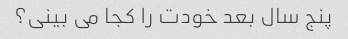
پنج سال بعد خودت را کجا می بینی؟